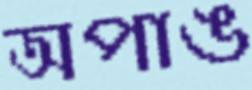
অপাঙ